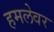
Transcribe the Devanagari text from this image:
हमलेवर